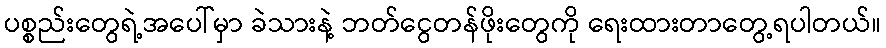
ပစ္စည်းတွေရဲ့အပေါ်မှာ ခဲသားနဲ့ ဘတ်ငွေတန်ဖိုးတွေကို ရေးထားတာတွေ့ရပါတယ်။